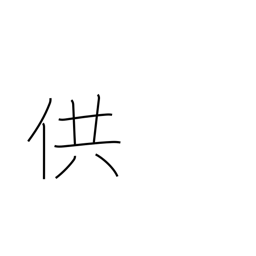
Meaning: offer